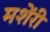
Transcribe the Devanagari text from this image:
मशेंरी